Rangoon Lunatic Asylum 1893-1897 - 1893-1897
Year: 1893
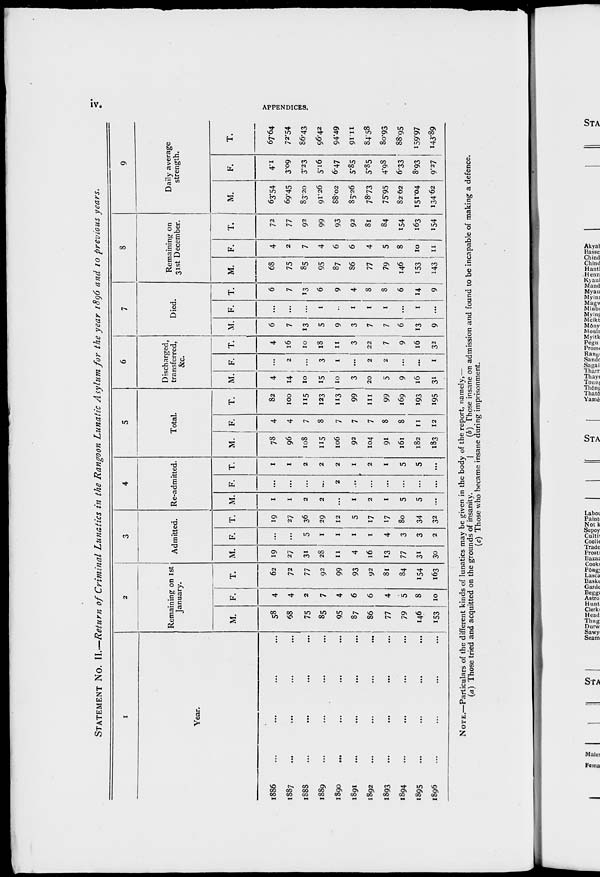
iv.
APPENDICES.
STATEMENT No. II.—Return of Criminal Lunatics in the Rangoon Lunatic Asylum for the year 1896 and 10 previous years.
1
Year.
1886
...
...
...
...
1887 ... ... ... ...
1888 ... ... ... ...
1889 ... ... ... ...
1890 ... ... ... ...
1991... ... ... ...
1892 ... ... ... ...
1893 ... ... ... ...
1894 ... ... ... ...
1895 ... ... ... ...
1896 ... ... ... ...
2
Remaining on 1st
January.
M.
58
68
75
85
95
87
86
77
79
146
153
F.
4
4
2
7
4
6
6
4
5
8
10
T.
62
72
77
92
99
93
92
81
84
154
163
3
Admitted.
M.
19
27
31
28
11
4
16
13
77
31
30
F.
...
...
5
1
1
1
1
4
3
3
2
T.
19
27
36
29
12
5
17
17
80
34
32
4
Re-admitted.
M.
1
1
2
2
...
1
2
1
5
5
...
F.
...
...
...
...
2
1
...
...
...
...
...
T.
1
1
2
2
2
1
2
1
5
5
...
5
Total.
M.
78
96
108
115
106
92
104
91
161
182
183
F.
4
4
7
8
7
7
7
8
8
11
12
T.
82
100
115
123
113
99
111
99
169
193
195
6
Discharged,
transferred,
&c.
M.
4
14
10
15
10
3
20
5
9
16
31
F.
...
2
...
3
1
...
2
2
...
...
1
T.
4
16
10
18
11
3
22
7
9
16
32
7
Died.
M.
6
7
13
5
9
3
7
7
6
13
9
F.
...
...
...
1
...
1
1
1
...
1
...
T.
6
7
13
6
9
4
8
8
6
14
9
8
Remaining on
31st December.
M.
68
75
85
95
87
86
77
79
146
153
143
F.
4
2
7
4
6
6
4
5
8
10
11
T.
72
77
92
99
93
92
81
84
154
163
154
9
Daily average
strength.
M.
63.54
69.45
83.20
91.26
88.02
85.26
78.73
75.95
82.62
151.04
134.62
F.
4.1
3.09
3.23
5.16
6.47
5.85
5.85
4.98
6.33
8.93
9.27
T.
67.64
72.54
86.43
96.42
94.49
91.11
84.58
80.93
88.95
159.97
143.89
NOTE.—Particulars of the different kinds of lunatics may be given in the body of the report, namely,—
(a) Those tried and acquitted on the grounds of insanity.
(b) Those insane on admission and found to be incapable of making a defence.
(c) Those who became insane during imprisonment.